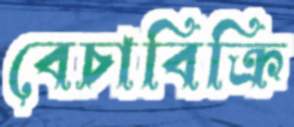
বেচাবিক্রি